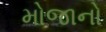
મોજાનો